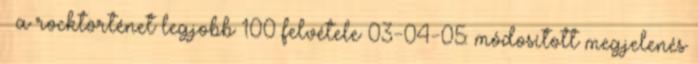
» a rocktörténet legjobb 100 felvétele 03-04-05: módosított megjelenés